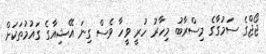
ޖޯޖްގެ ސަމުގާގެ މިސްރާބު މިހާރު ހުރީ ވީހާ ވެސް ގިނަ އޭޝިއާގެ ގައުމުތަކަށް